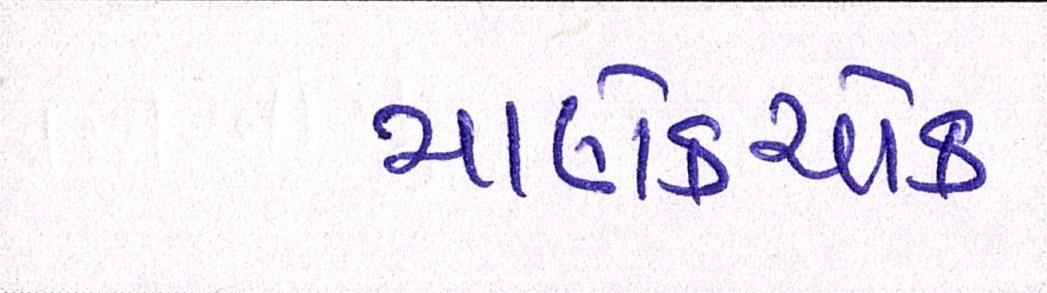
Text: માણેકચોક